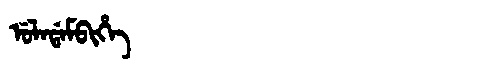
Manchu: ᡠᠯᠠᡩᠠᠮᠪᡳᡥᡝ
Romanization: ULADAMBIHE